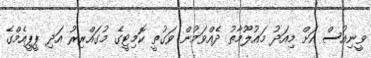
ވީނިއުސް އަށް މިއަދު މައުލޫމާތު ދެއްވަމުން ވަގުތީ ކޮމިޓީގެ މުގައްރިރު އަދި ޕީޕީއެމްގެ